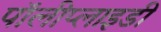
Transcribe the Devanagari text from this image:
पॉलीप्लाइडी